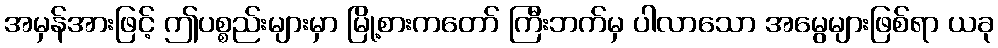
အမှန်အားဖြင့် ဤပစ္စည်းများမှာ မြို့စားကတော် ကြီးဘက်မှ ပါလာသော အမွေများဖြစ်ရာ ယခု